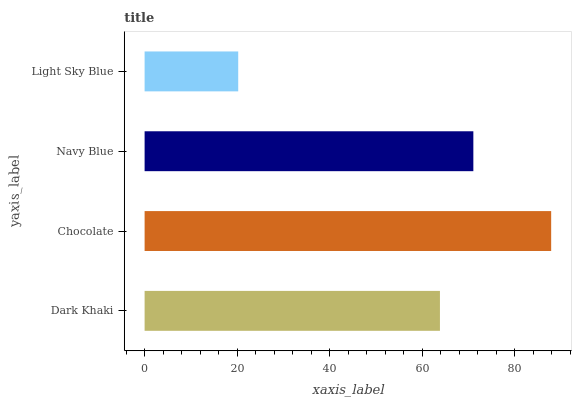
| yaxis_label | bars |
 | --- | --- |
 | Dark Khaki | 63.8 |
 | Chocolate | 87.9 |
 | Navy Blue | 71.1 |
 | Light Sky Blue | 20.2 |